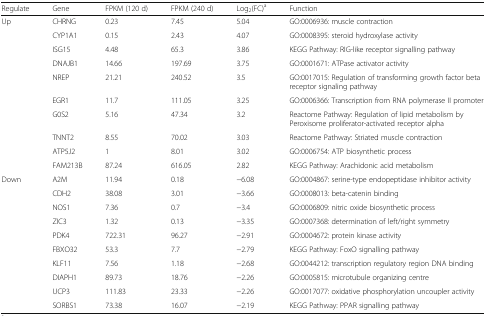
<table><thead><tr><td><b>Regulate</b></td><td><b>Gene</b></td><td><b>FPKM (120 d)</b></td><td><b>FPKM (240 d)</b></td><td><b>Log<sub>2</sub>(FC)<sup>a</sup></b></td><td><b>Function</b></td></tr></thead><tbody><tr><td rowspan="10">Up</td><td>CHRNG</td><td>0.23</td><td>7.45</td><td>5.04</td><td>GO:0006936: muscle contraction</td></tr><tr><td>CYP1A1</td><td>0.15</td><td>2.43</td><td>4.07</td><td>GO:0008395: steroid hydroxylase activity</td></tr><tr><td>ISG15</td><td>4.48</td><td>65.3</td><td>3.86</td><td>KEGG Pathway: RIG-like receptor signalling pathway</td></tr><tr><td>DNAJB1</td><td>14.66</td><td>197.69</td><td>3.75</td><td>GO:0001671: ATPase activator activity</td></tr><tr><td>NREP</td><td>21.21</td><td>240.52</td><td>3.5</td><td>GO:0017015: Regulation of transforming growth factor beta receptor signaling pathway</td></tr><tr><td>EGR1</td><td>11.7</td><td>111.05</td><td>3.25</td><td>GO:0006366: Transcription from RNA polymerase II promoter</td></tr><tr><td>G0S2</td><td>5.16</td><td>47.34</td><td>3.2</td><td>Reactome Pathway: Regulation of lipid metabolism by Peroxisome proliferator-activated receptor alpha</td></tr><tr><td>TNNT2</td><td>8.55</td><td>70.02</td><td>3.03</td><td>Reactome Pathway: Striated muscle contraction</td></tr><tr><td>ATP5J2</td><td>1</td><td>8.01</td><td>3.02</td><td>GO:0006754: ATP biosynthetic process</td></tr><tr><td>FAM213B</td><td>87.24</td><td>616.05</td><td>2.82</td><td>KEGG Pathway: Arachidonic acid metabolism</td></tr><tr><td rowspan="10">Down</td><td>A2M</td><td>11.94</td><td>0.18</td><td>−6.08</td><td>GO:0004867: serine-type endopeptidase inhibitor activity</td></tr><tr><td>CDH2</td><td>38.08</td><td>3.01</td><td>−3.66</td><td>GO:0008013: beta-catenin binding</td></tr><tr><td>NOS1</td><td>7.36</td><td>0.7</td><td>−3.4</td><td>GO:0006809: nitric oxide biosynthetic process</td></tr><tr><td>ZIC3</td><td>1.32</td><td>0.13</td><td>−3.35</td><td>GO:0007368: determination of left/right symmetry</td></tr><tr><td>PDK4</td><td>722.31</td><td>96.27</td><td>−2.91</td><td>GO:0004672: protein kinase activity</td></tr><tr><td>FBXO32</td><td>53.3</td><td>7.7</td><td>−2.79</td><td>KEGG Pathway: FoxO signalling pathway</td></tr><tr><td>KLF11</td><td>7.56</td><td>1.18</td><td>−2.68</td><td>GO:0044212: transcription regulatory region DNA binding</td></tr><tr><td>DIAPH1</td><td>89.73</td><td>18.76</td><td>−2.26</td><td>GO:0005815: microtubule organizing centre</td></tr><tr><td>UCP3</td><td>111.83</td><td>23.33</td><td>−2.26</td><td>GO:0017077: oxidative phosphorylation uncoupler activity</td></tr><tr><td>SORBS1</td><td>73.38</td><td>16.07</td><td>−2.19</td><td>KEGG Pathway: PPAR signalling pathway</td></tr></tbody></table>